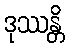
ဒုဿန္တိ